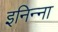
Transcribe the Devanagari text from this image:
इनिन्ना